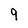
Character: 9